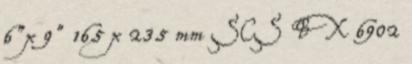
6"x 9" 165 x 235 mm SCS BX 6902